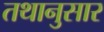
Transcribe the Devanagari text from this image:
तथानुसार